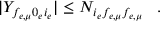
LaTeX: | Y _ { f _ { e , \mu } 0 _ { e } i _ { e } } | \leq N _ { i _ { e } f _ { e , \mu } f _ { e , \mu } } \; \; \; .